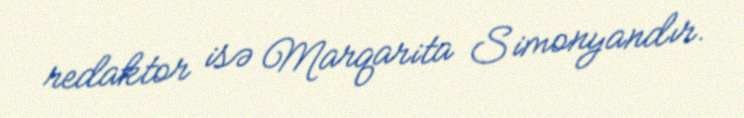
redaktor isə Marqarita Simonyandır.